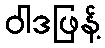
ဝါဒဖြန့်